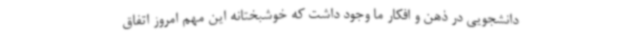
دانشجویی در ذهن‌ و افکار ما وجود داشت که خوشبختانه این مهم امروز اتفاق